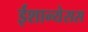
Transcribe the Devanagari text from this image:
ईशान्येसस